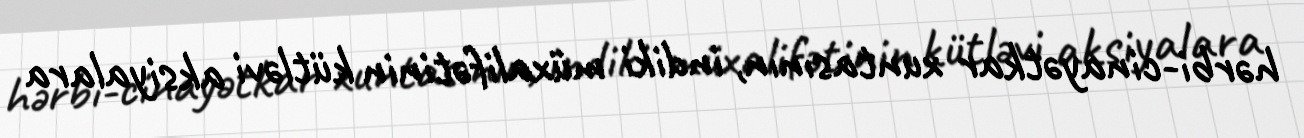
hərbi-cinayətkar xuntasının, indiki müxalifətinin kütləvi aksiyalara